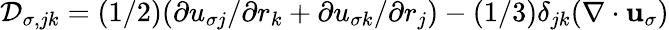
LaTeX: {\cal D}_{\sigma,jk}=(1/2)(\partial u_{\sigma j}/\partial r_{k}+\partial u_{\sigma k}/\partial r_{j})-(1/3)\delta_{jk}(\nabla\cdot{\mathbf u}_{\sigma})